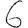
Digit: 6